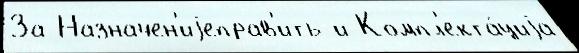
За Назначен'иjеправ'ить и Компл'екта́циjа